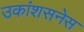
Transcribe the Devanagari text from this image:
उकांशसनेस